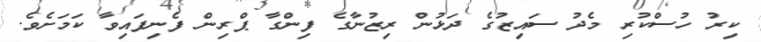
ކިރު ހުސްކުރި މެދު ސައިޒުގެ ދަޅުން ރިޒުނާގެ ފިންގާ ޕްރިން ފެނިފައިވާ ކަމަށެވެ.